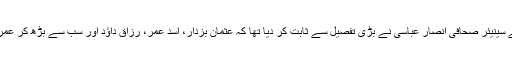
اس رپورٹ کے جاری ہونے سے بہت پہلے سینیئر صحافی انصار عباسی نے بڑی تفصیل سے ثابت کر دیا تھا کہ عثمان بزدار، اسد عمر، رزاق داؤد اور سب سے بڑھ کر عمران خان خود اس معاملے کے اہم کردار ہیں۔